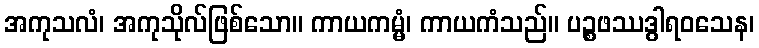
အကုသလံ၊ အကုသိုလ်ဖြစ်သော။ ကာယကမ္မံ၊ ကာယကံသည်။ ပဉ္စဖဿဒွါရဝသေန၊